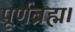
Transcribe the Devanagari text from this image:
पूर्णब्रह्म।